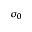
\sigma _ { 0 }